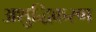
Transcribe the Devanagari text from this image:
अशुद्धिकरण